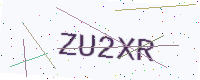
Text: ZU2XR